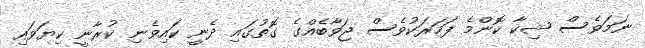
ނަމަވެސް ޝިކާ ކޮންމެ ފަހަަރަކުވެސް ޖަވާބެއްގެ ގޮތުގައި ދެނީ ކައިވެނި ކުރާނީ ކިޔަވައި